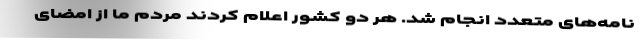
نامه‌های متعدد انجام شد. هر دو کشور اعلام کردند مردم ما از امضای